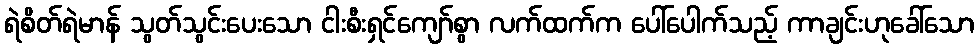
ရဲစိတ်ရဲမာန် သွတ်သွင်းပေးသော ငါးစီးရှင်ကျော်စွာ လက်ထက်က ပေါ်ပေါက်သည့် ကာချင်းဟုခေါ်သော